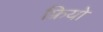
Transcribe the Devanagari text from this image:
फ्रियो